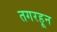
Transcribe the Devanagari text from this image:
तगरहून